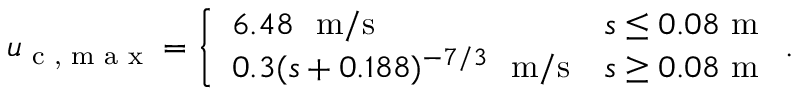
u _ { \textup { c , m a x } } = \left\{ \begin{array} { l l } { 6 . 4 8 ~ ~ \mathrm { m / s } } & { s \leq 0 . 0 8 ~ \mathrm { m } } \\ { 0 . 3 ( s + 0 . 1 8 8 ) ^ { - 7 / 3 } ~ ~ \mathrm { m / s } } & { s \geq 0 . 0 8 ~ \mathrm { m } } \end{array} \right. .